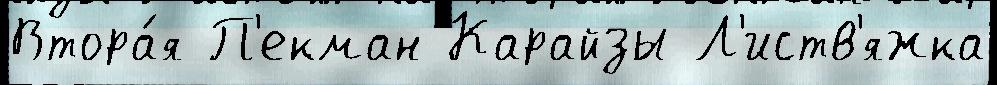
Втора́я П'екман Карайзы Л'иств'яжка